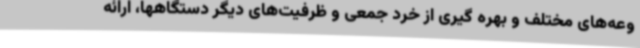
وعه‌های مختلف و بهره گیری از خرد جمعی و ظرفیت‌های دیگر دستگاهها، ارائه